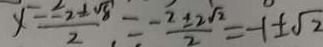
x = \frac { - 2 \pm \sqrt { 8 } } { 2 } = - \frac { 2 \pm 2 \sqrt { 2 } } { 2 } = - 1 \pm \sqrt { 2 }